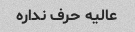
عالیه حرف نداره